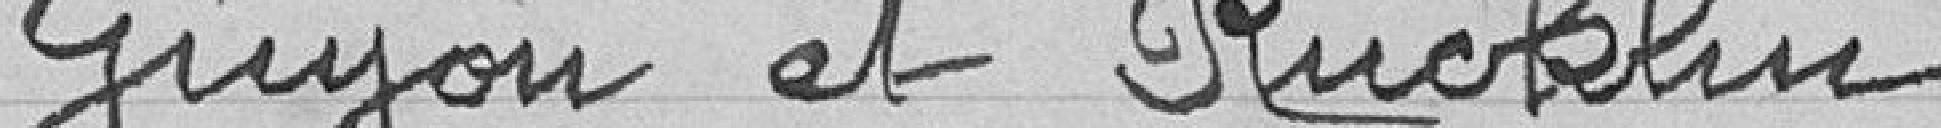
Guyon et M. Ruklin